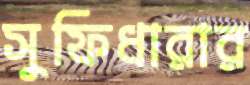
সুফিধারার